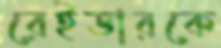
রেইডারকে